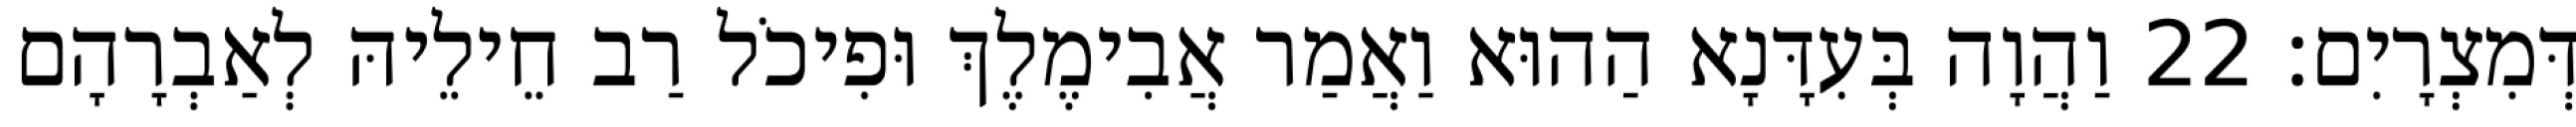
דְּמִצְרָיִם׃ 22 וַהֲוָה בְּעִדָּנָא הַהוּא וַאֲמַר אֲבִימֶלֶךְ וּפִיכֹל רַב חֵילֵיהּ לְאַבְרָהָם